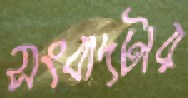
সংবাদটার